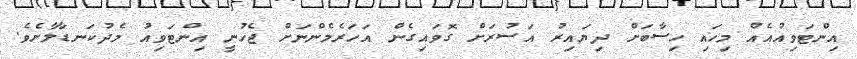
އިންޓަވިއުއެއް މިހައި ހިސާބަށް ދިޔައިރު އަސުރަށް ގޮވައިގެން އަހަރެމެންނަށް ޖެހުނީ އިންޓަވިއު މެދުކަނޑާލާށެވެ.